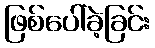
ဖြစ်ပေါ်ခဲ့ခြင်း